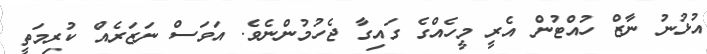
އުޅުނު ނާޒް ހުއްޓުން އެރީ މީހެއްގެ ގައިގާ ޖެހުމުންނެވެ. އަވަސް ނަޒަރެއް ކުރިމަތީ